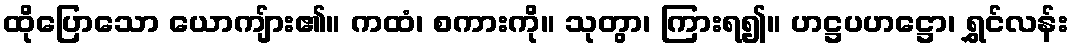
ထိုပြောသော ယောကျ်ား၏။ ကထံ၊ စကားကို။ သုတွာ၊ ကြားရ၍။ ဟဋ္ဌပဟဋ္ဌော၊ ရွှင်လန်း